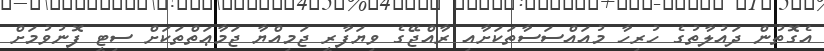
އެގޮތުން ދައުލާތުގެ ހުރިހާ މުއައްސަސާތަކަށާއި ރާއްޖޭގެ ވިޔަފާރީ ޖަމިއްޔާ ޖަމާޢަތްތަކަށް ސިޓީ ފޮނުވުމަށް